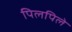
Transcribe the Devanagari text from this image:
पिलपिले